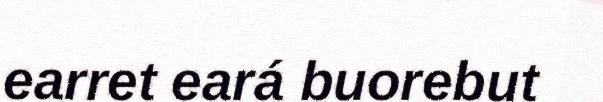
earret eará buorebut